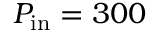
P _ { \mathrm { i n } } = 3 0 0